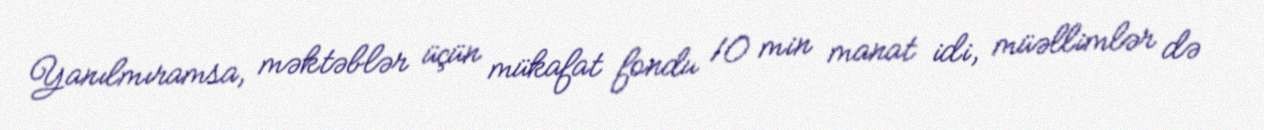
Yanılmıramsa, məktəblər üçün mükafat fondu 10 min manat idi, müəllimlər də